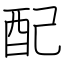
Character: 配